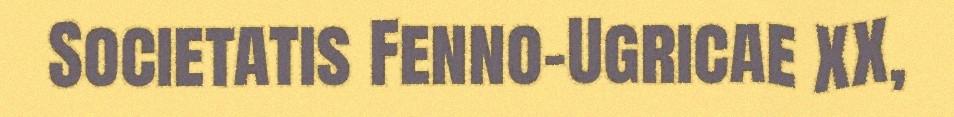
Societatis Fenno-Ugricae XX,